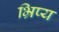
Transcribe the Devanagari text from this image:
भ्रिप्य